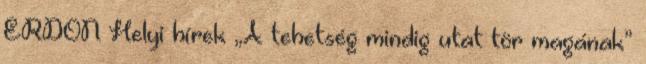
ERDON Helyi hírek „A tehetség mindig utat tör magának”